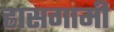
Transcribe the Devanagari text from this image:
ह्रासगामी